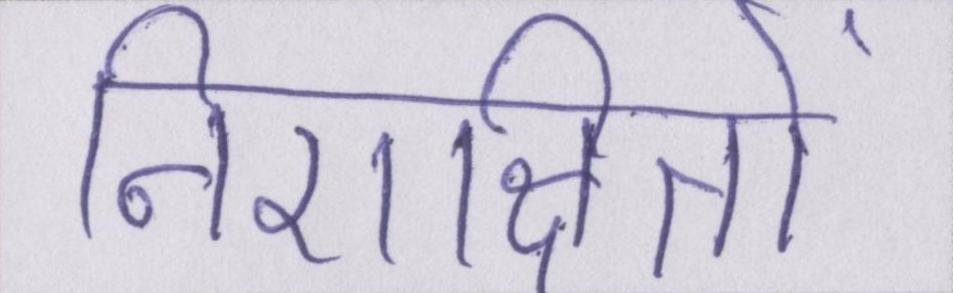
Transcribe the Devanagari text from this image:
निराश्रितों